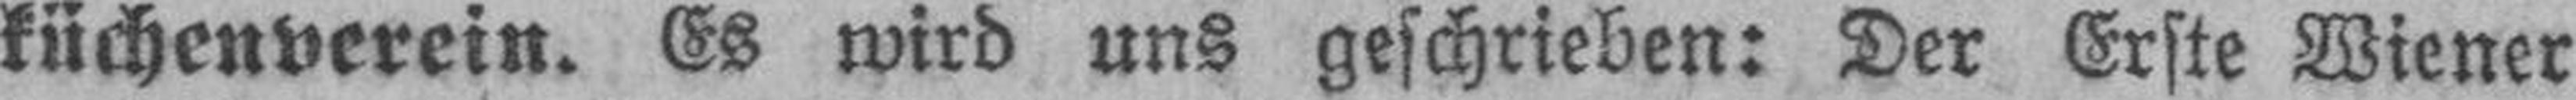
küchenverein. Es wird uns geschrieben: Der Erste Wiener